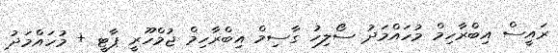
ރައީސް އިބްރާހިމް މުހައްމަދު ސޯލިހު ގާސިމް އިބްރާހިމް ޖުމްހޫރީ ޕާޓީ + މުހައްމަދު